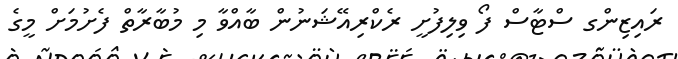
ރައިޒިންގ ސްޓާސް ފޯ ވިލިފުށީ ރެކްރިއޭޝަނުން ބާއްވާ މި މުބާރާތް ފެށުމަށް މީގެ